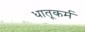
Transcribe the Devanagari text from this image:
धातूकर्म